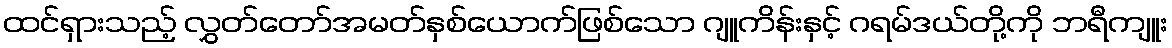
ထင်ရှားသည့် လွှတ်တော်အမတ်နှစ်ယောက်ဖြစ်သော ဂျူကိန်းနှင့် ဂရမ်ဒယ်တို့ကို ဘရီကျူး